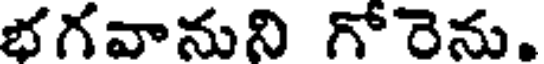
భగవానుని గోరెను.